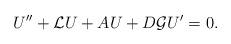
LaTeX: \begin{align*}U''+\mathcal LU +AU+D\mathcal GU'=0.\end{align*}